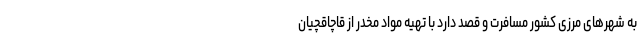
به شهرهای مرزی کشور مسافرت و قصد دارد با تهیه مواد مخدر از قاچاقچیان